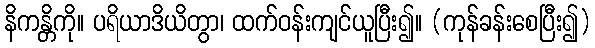
နိကန္တိကို။ ပရိယာဒိယိတွာ၊ ထက်ဝန်းကျင်ယူပြီး၍။ (ကုန်ခန်းစေပြီး၍)